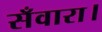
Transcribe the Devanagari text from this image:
सँवारा।